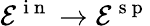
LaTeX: \mathcal{E}^{\mathrm{~i~n~}}\rightarrow\mathcal{E}^{\mathrm{~s~p~}}